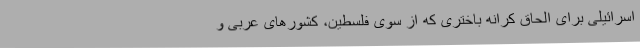
اسرائیلی برای الحاق کرانه باختری که از سوی فلسطین، کشورهای عربی و